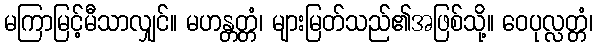
မကြာမြင့်မီသာလျှင်။ မဟန္တတ္တံ၊ များမြတ်သည်၏အဖြစ်သို့။ ဝေပုလ္လတ္တံ၊